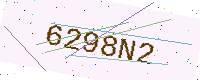
Text: 6298N2